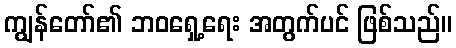
ကျွန်တော်၏ ဘဝရှေ့ရေး အတွက်ပင် ဖြစ်သည်။